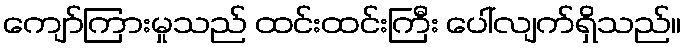
ကျော်ကြားမှုသည် ထင်းထင်းကြီး ပေါ်လျက်ရှိသည်။